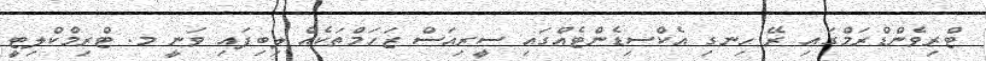
ޓްރިވެންޑްރަމްގައި ރޭ ހިނގި އެކްސިޑެންޓެއްގައި ސީރިއަސް ޒަހަމްތަކެއް ލިބިފައި ވަނީ މ. ޓްރިމްކްލިޓީ